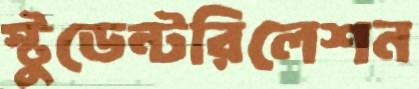
স্টুডেন্টরিলেশন